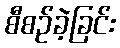
စီစဉ်ခဲ့ခြင်း